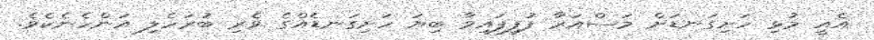
އެއީ މުޅި ހަށިގަނޑަށް މަސްއަރާ ފުފިފައިވާ ބިޔަ ހަށިގަނޑެއްގެ ވެރި ބުރަހެލި އަންހެނެކެވެ.